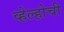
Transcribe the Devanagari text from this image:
व्हेल्होची